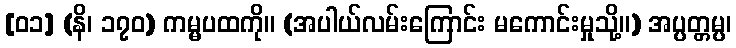
[၀၁] (နိ၊ ၁၇၀) ကမ္မပထကို။ (အပါယ်လမ်းကြောင်း မကောင်းမှုသို့။) အပ္ပတ္တမ္ပ၊